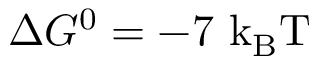
\Delta G ^ { 0 } = - 7 ~ \mathrm { { k _ { B } T } }